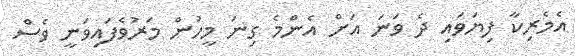
އެމެރިކާ ފިޔަވައި ދެ ވަނަ އަށް އެންމެ ގިނަ މީހުން މަރުވެފައިވަނީ ވެސް